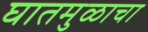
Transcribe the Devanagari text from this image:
घातमुळाचा